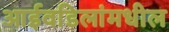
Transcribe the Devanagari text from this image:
आईवडिलांमधील